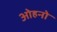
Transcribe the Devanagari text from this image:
ओहनो